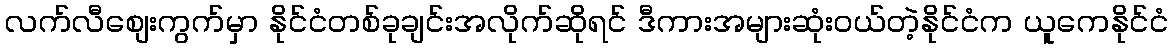
လက်လီစျေးကွက်မှာ နိုင်ငံတစ်ခုချင်းအလိုက်ဆိုရင် ဒီကားအများဆုံးဝယ်တဲ့နိုင်ငံက ယူကေနိုင်ငံ